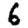
Digit: 6